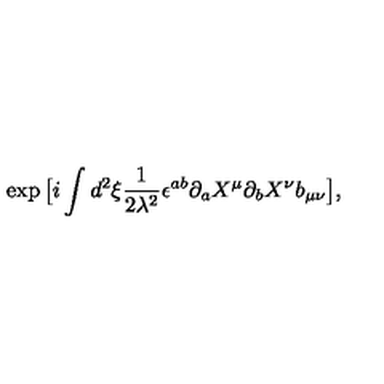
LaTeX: \exp \big [ i \int d ^ { 2 } \xi { \frac { 1 } { 2 \lambda ^ { 2 } } } \epsilon ^ { a b } \partial _ { a } X ^ { \mu } \partial _ { b } X ^ { \nu } b _ { \mu \nu } \big ] ,